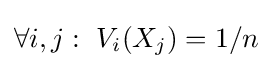
\forall i,j:\ V_{i}(X_{j})=1/n